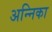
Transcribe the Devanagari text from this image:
अन्निका